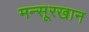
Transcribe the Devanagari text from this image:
मन्सूरखान